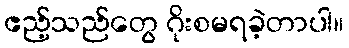
ဧည့်သည်တွေ ဂိုးစမရခဲ့တာပါ။